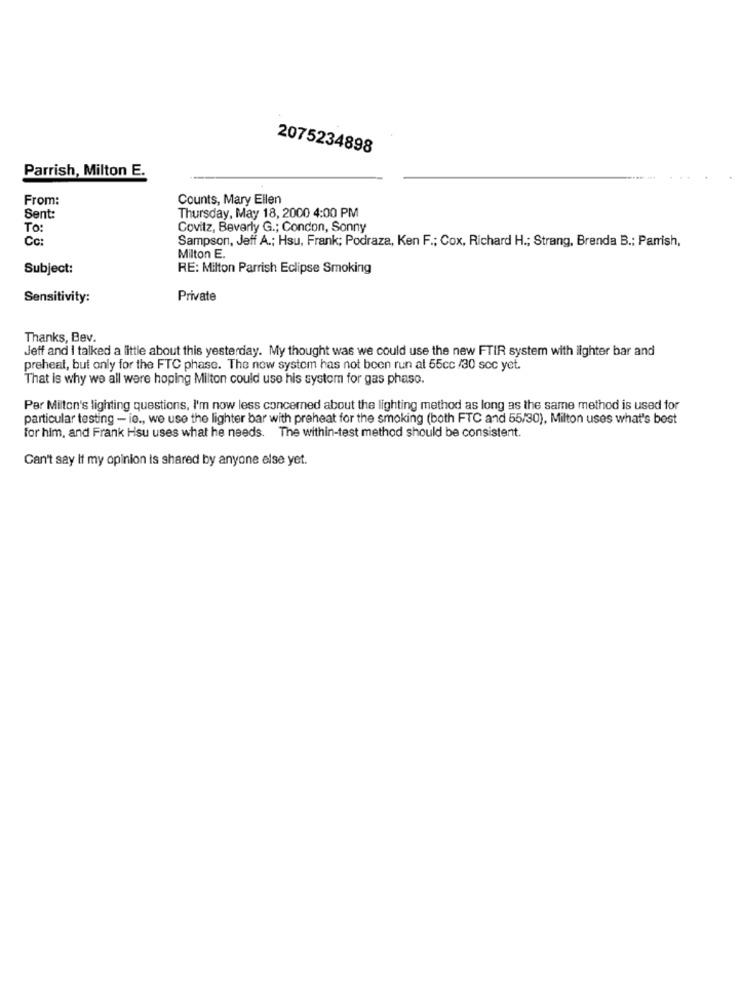
2075234898
Parrish, Milton E.
From:
Counts, Mary Ellen
Thursday, May 18, 2000 4:00 PM
Sent:
To:
Covitz, Beverly G .; Concon, Sonny
Cc
Sampson, Jeff A .; Hsu, Frank; Podraza, Ken F .; Cox, Richard H .; Strang, Brenda B .; Parrish,
Milton E.
Subject:
RE: Milton Parrish Eclipse Smoking
Sensitivity:
Private
Thanks, Bev.
Jeff and I talked a little about this yesterday. My thought was we could use the new FTIR system with lighter bar and
preheat, but only for the FTC phase. The new system has not been run at 55cc /30 sec yet.
That is why we all were hoping Milton could use his system for gas phase.
Par Milton's lighting questions, I'm now less concerned about the lighting method as long as the same method is used for
particular testing - ie ., we use the lighter bar with preheat for the smoking (both FTC and 55/30), Milton uses what's best
for him, and Frank Hsu uses what he needs. The within-test method should be consistent.
Can't say If my opinion is shared by anyone else yet.